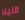
قليلا